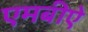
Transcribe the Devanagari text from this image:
एमबीऐ